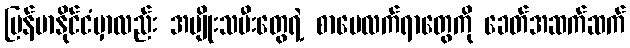
မြန်မာနိုင်ငံမှာလည်း အမျိုးသမီးတွေရဲ့ စာပေလက်ရာတွေကို ခေတ်အဆက်ဆက်